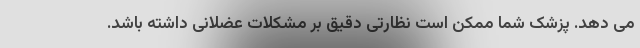
می دهد. پزشک شما ممکن است نظارتی دقیق بر مشکلات عضلانی داشته باشد.